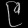
Digit: ၉